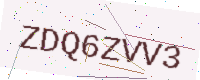
Text: ZDQ6ZVV3